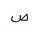
Letter: _sad